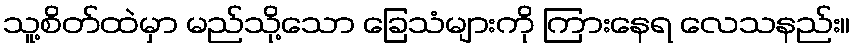
သူ့စိတ်ထဲမှာ မည်သို့သော ခြေသံများကို ကြားနေရ လေသနည်း။